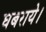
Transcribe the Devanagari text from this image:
घबराये।